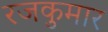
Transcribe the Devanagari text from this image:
रजकुमार